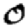
Digit: 0